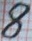
Text: 8